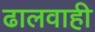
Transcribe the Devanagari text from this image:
ढालवाही